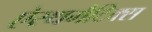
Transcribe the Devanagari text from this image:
ऐस्थमैटिक्स